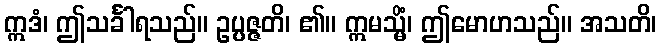
ဣဒံ၊ ဤသင်္ခါရသည်။ ဥပ္ပဇ္ဇတိ၊ ၏။ ဣမသ္မိံ၊ ဤမောဟသည်။ အသတိ၊